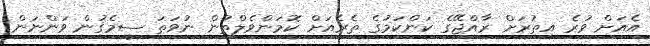
އެއަށް ވުރެ އިތުރަށް ރާއްޖޭގެ ކަންކަމުގެ ތެރެއަށް ކޮމަންވެލްތުން ނުވަތަ ސީމެގުން ވަންނަން